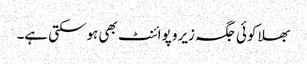
بھلا کوئی جگہ زیرو پوائنٹ بھی ہوسکتی ہے۔